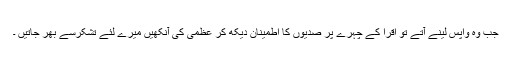
جب وہ واپس لینے آتے تو اقرا کے چہرے پر صدیوں کا اطمینان دیکھ کر عظمی کی آنکھیں میرے لئے تشکرسے بھر جاتیں ۔